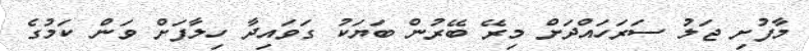
މާފުށި ޖަލު ސަރަހައްދަށް މިރޭ ބޭރުން ބަޔަކު ގަވައިދާ ހިލާފަށް ވަން ކަމުގެ